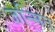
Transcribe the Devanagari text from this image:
जन्मित